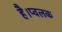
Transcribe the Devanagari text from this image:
है।प्वलक